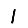
Digit: 1